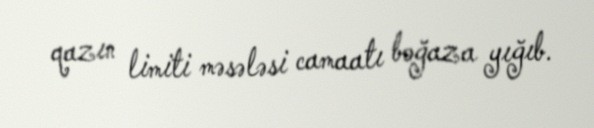
qazın limiti məsələsi camaatı boğaza yığıb.